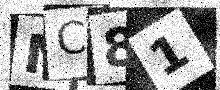
Text: NC81